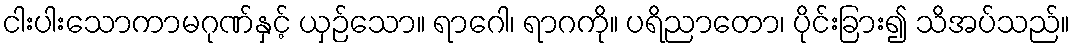
ငါးပါးသောကာမဂုဏ်နှင့် ယှဉ်သော။ ရာဂေါ၊ ရာဂကို။ ပရိညာတော၊ ပိုင်းခြား၍ သိအပ်သည်။